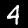
Label: 4